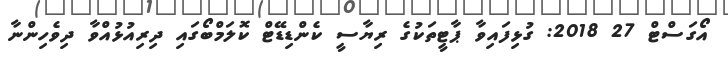
އޯގަސްޓް 27 2018: ގުޅިފައިވާ ޕާޓީތަކުގެ ރިޔާސީ ކެންޑިޑޭޓް ކޮލަމްބޯގައި ދިރިއުޅުއްވާ ދިވެހިންނާ